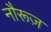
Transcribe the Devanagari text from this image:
नौरूज़